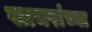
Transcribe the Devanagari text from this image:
खाचरांच्या